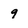
Character: 9